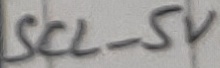
Text: SCL_5V